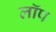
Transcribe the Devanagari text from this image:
लॉप